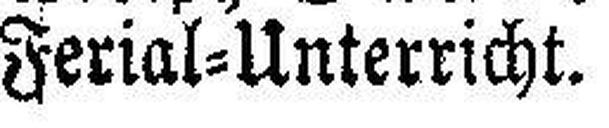
Ferial=Unterricht.